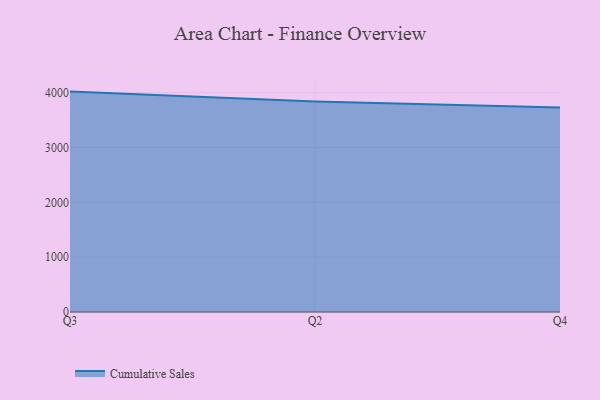
{"axis": {"x": "Quarter", "y": "Satisfaction Score"}, "legend": ["Cumulative Sales"], "data": [{"x": "Q3", "y": 4019.5, "type": "Cumulative Sales"}, {"x": "Q2", "y": 3838.9, "type": "Cumulative Sales"}, {"x": "Q4", "y": 3729.4, "type": "Cumulative Sales"}]}